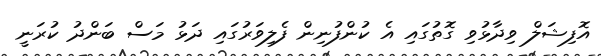
އޮފިޝަލް ވިދާޅުވި ގޮތުގައި އެ ކުންފުނިން ފެލިވަރުގައި ދަޅު މަސް ބަންދު ކުރަނީ